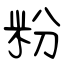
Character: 粉